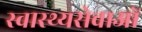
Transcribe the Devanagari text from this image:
स्वास्थ्यसेवाओं